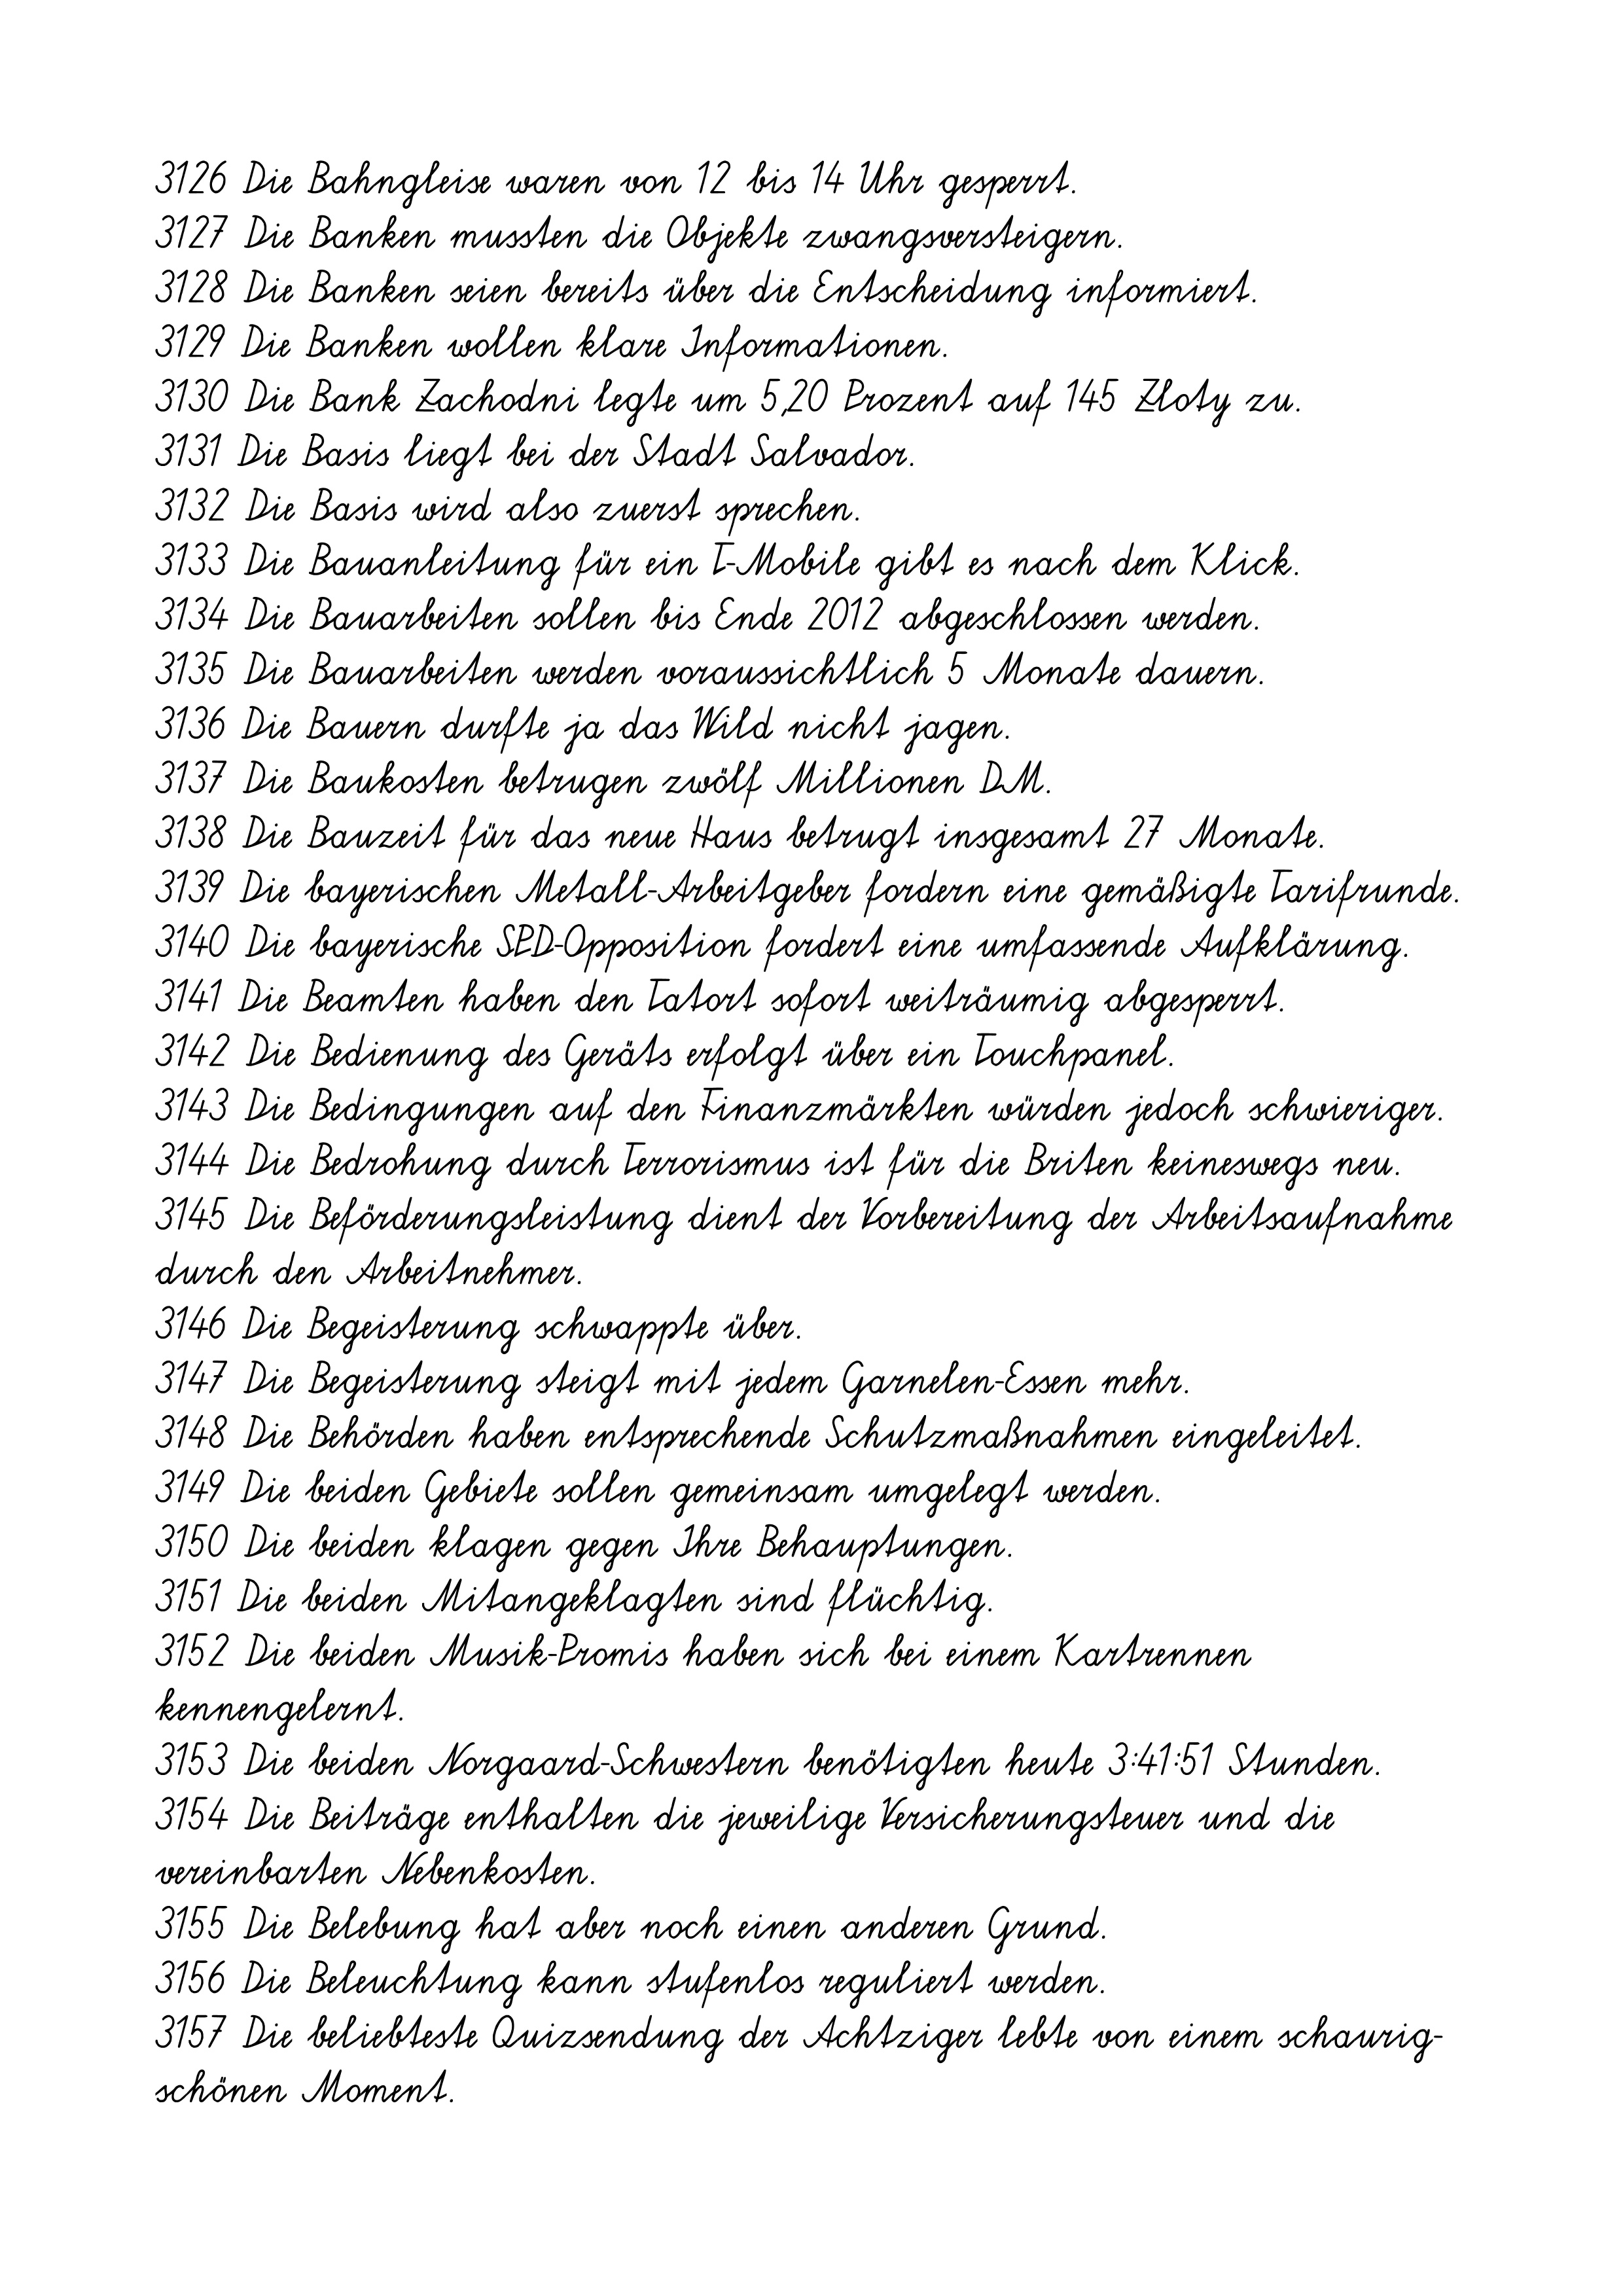
3126 Die Bahngleise waren von 12 bis 14 Uhr gesperrt.
3127 Die Banken mussten die Objekte zwangsversteigern.
3128 Die Banken seien bereits über die Entscheidung informiert.
3129 Die Banken wollen klare Informationen.
3130 Die Bank Zachodni legte um 5,20 Prozent auf 145 Zloty zu.
3131 Die Basis liegt bei der Stadt Salvador.
3132 Die Basis wird also zuerst sprechen.
3133 Die Bauanleitung für ein T-Mobile gibt es nach dem Klick.
3134 Die Bauarbeiten sollen bis Ende 2012 abgeschlossen werden.
3135 Die Bauarbeiten werden voraussichtlich 5 Monate dauern.
3136 Die Bauern durfte ja das Wild nicht jagen.
3137 Die Baukosten betrugen zwölf Millionen DM.
3138 Die Bauzeit für das neue Haus betrugt insgesamt 27 Monate.
3139 Die bayerischen Metall-Arbeitgeber fordern eine gemäßigte Tarifrunde.
3140 Die bayerische SPD-Opposition fordert eine umfassende Aufklärung.
3141 Die Beamten haben den Tatort sofort weiträumig abgesperrt.
3142 Die Bedienung des Geräts erfolgt über ein Touchpanel.
3143 Die Bedingungen auf den Finanzmärkten würden jedoch schwieriger.
3144 Die Bedrohung durch Terrorismus ist für die Briten keineswegs neu.
3145 Die Beförderungsleistung dient der Vorbereitung der Arbeitsaufnahme
durch den Arbeitnehmer.
3146 Die Begeisterung schwappte über.
3147 Die Begeisterung steigt mit jedem Garnelen-Essen mehr.
3148 Die Behörden haben entsprechende Schutzmaßnahmen eingeleitet.
3149 Die beiden Gebiete sollen gemeinsam umgelegt werden.
3150 Die beiden klagen gegen Ihre Behauptungen.
3151 Die beiden Mitangeklagten sind flüchtig.
3152 Die beiden Musik-Promis haben sich bei einem Kartrennen
kennengelernt.
3153 Die beiden Norgaard-Schwestern benötigten heute 3:41:51 Stunden.
3154 Die Beiträge enthalten die jeweilige Versicherungsteuer und die
vereinbarten Nebenkosten.
3155 Die Belebung hat aber noch einen anderen Grund.
3156 Die Beleuchtung kann stufenlos reguliert werden.
3157 Die beliebteste Quizsendung der Achtziger lebte von einem schaurig-
schönen Moment.